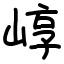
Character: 崞